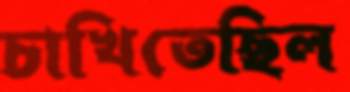
চাখিতেছিল